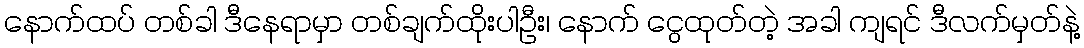
နောက်ထပ် တစ်ခါ ဒီနေရာမှာ တစ်ချက်ထိုးပါဦး၊ နောက် ငွေထုတ်တဲ့ အခါ ကျရင် ဒီလက်မှတ်နဲ့